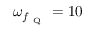
\omega _ { f _ { \mathrm { ~ Q ~ } } } = 1 0